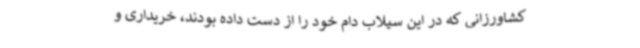
کشاورزانی که در این سیلاب دام خود را از دست داده بودند، خریداری و